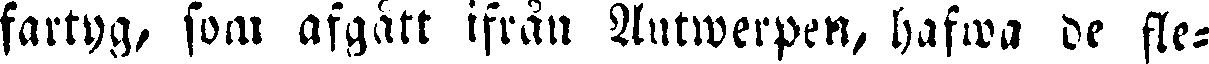
fartyg, som afgatt ifrån Antwerpen, hafwa de fle-